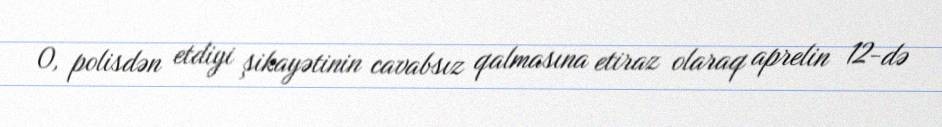
O, polisdən etdiyi şikayətinin cavabsız qalmasına etiraz olaraq aprelin 12-də